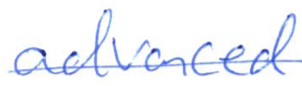
Text: advanced
Cross-out: mix
Writing tool: ballpoint